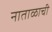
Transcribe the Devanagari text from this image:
नाताळाची